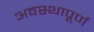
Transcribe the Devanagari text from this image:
अवस्थापूर्ण